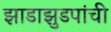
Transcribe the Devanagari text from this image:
झाडाझुडपांची